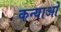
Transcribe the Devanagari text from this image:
कन्याओें